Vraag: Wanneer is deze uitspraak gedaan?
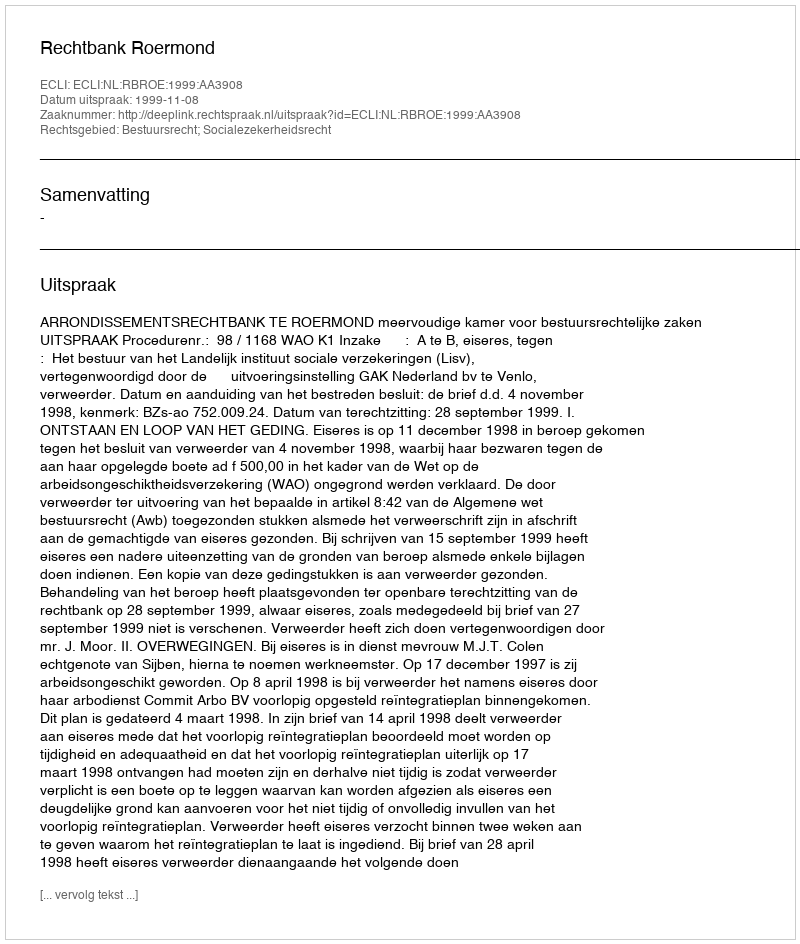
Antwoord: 1999-11-08